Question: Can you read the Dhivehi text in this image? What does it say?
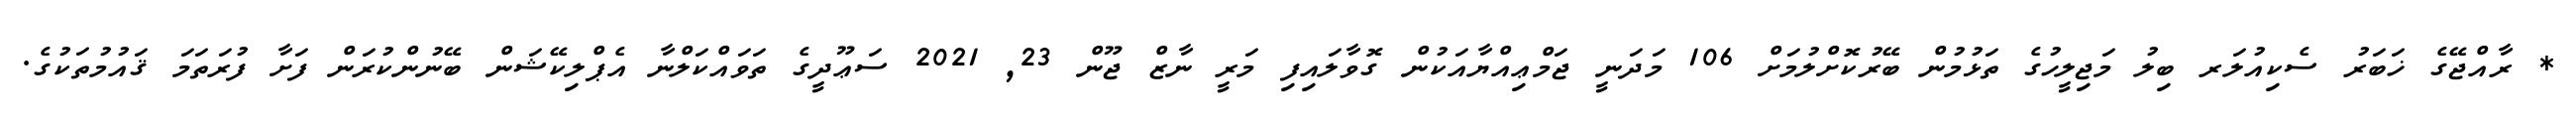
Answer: * ރާއްޖޭގެ ޚަބަރު ސެކިއުލަރ ބިލު މަޖިލީހުގެ ތަޅުމުން ބޭރުކޮށްލުމަށް 106 މަދަނީ ޖަމްޢިއްޔާއަކުން ގޮވާލައިފި މަރީ ނާޒް ޖޫން 23, 2021 ސަޢޫދީގެ ތަވައްކަލްނާ އެޕްލިކޭޝަން ބޭނުންކުރަން ފަށާ ފުރަތަމަ ޤައުމުތަކުގެ.